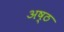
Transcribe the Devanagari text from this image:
अष्‍ठ